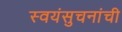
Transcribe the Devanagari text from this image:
स्वयंसुचनांची